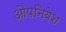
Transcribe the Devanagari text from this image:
औपनिवेश